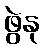
ဖွဲနု